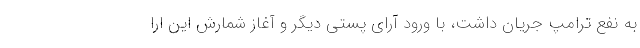
به نفع ترامپ جریان داشت، با ورود آرای پستی دیگر و آغاز شمارش این ارا